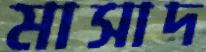
মাসাদ